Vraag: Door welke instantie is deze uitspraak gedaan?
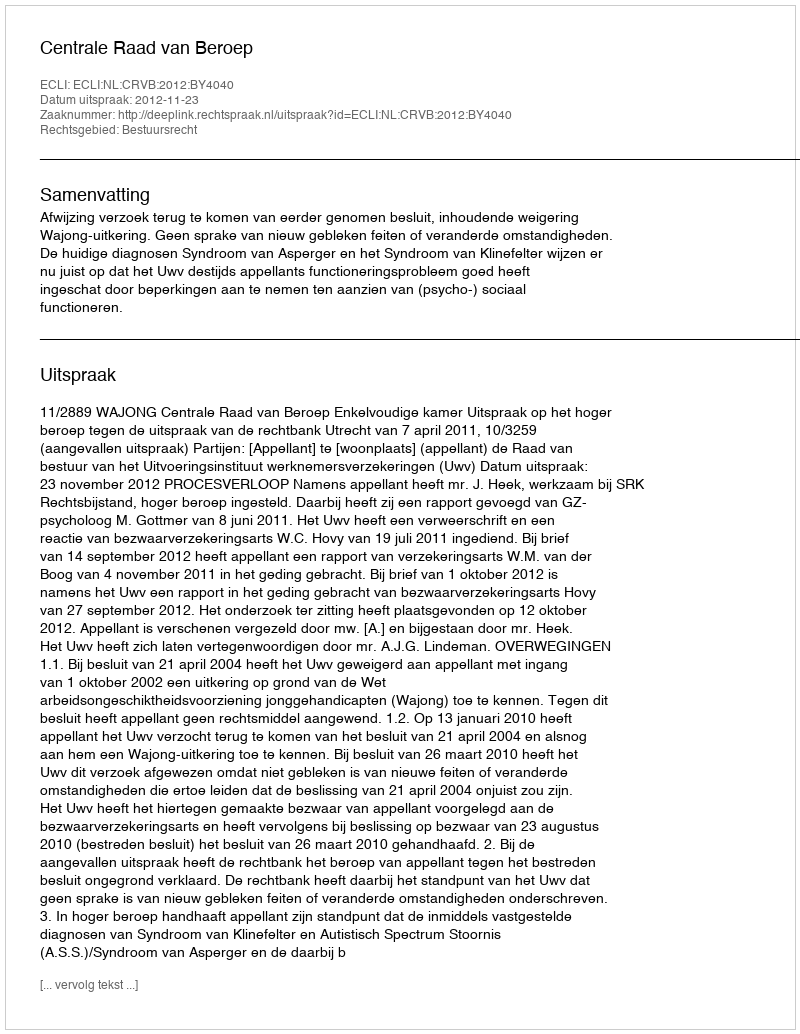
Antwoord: Centrale Raad van Beroep